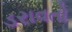
ડરાવતો